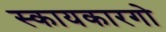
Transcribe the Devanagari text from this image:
स्कायकारगो